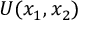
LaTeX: U ( x _ { 1 } , x _ { 2 } )